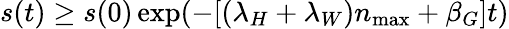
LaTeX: s(t)\geq s(0)\exp(-[(\lambda_{H}+\lambda_{W})n_{\operatorname*{max}}+\beta_{G}]t)